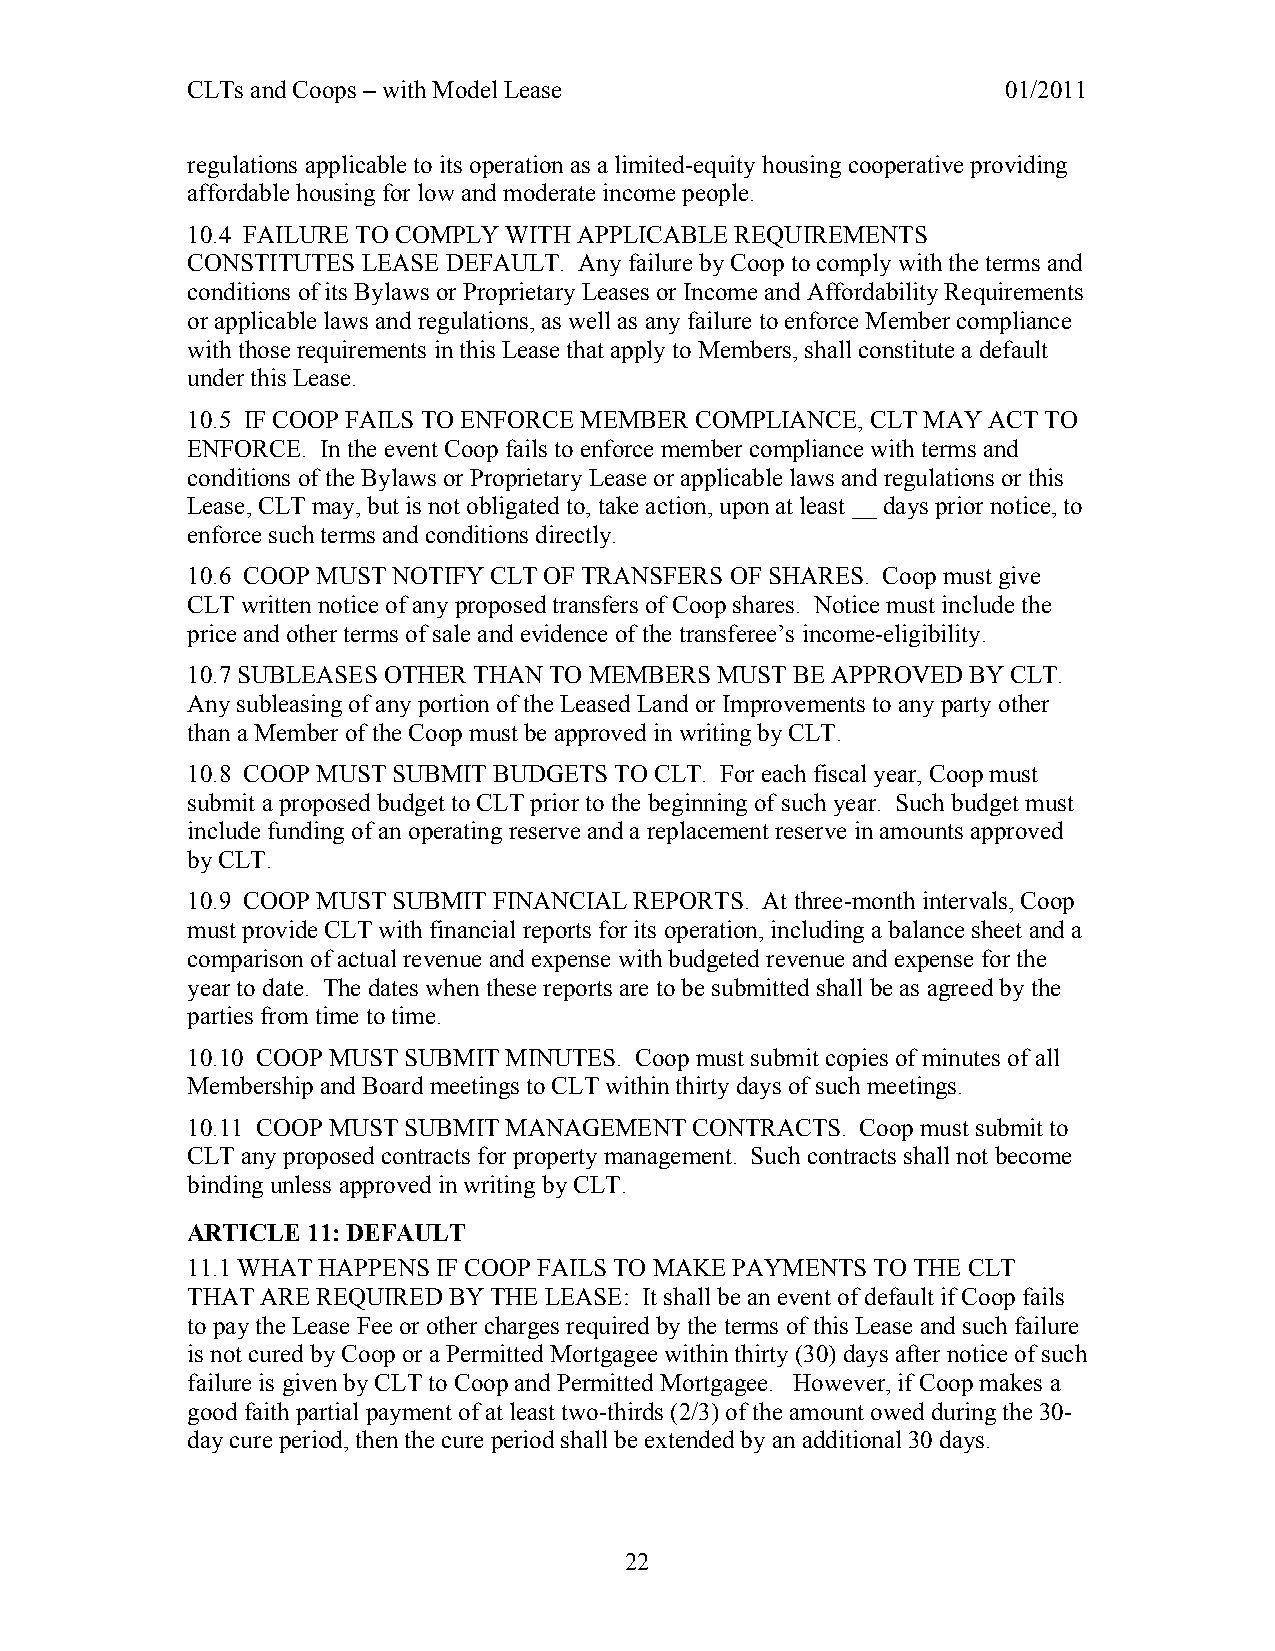
CLTs and Coops – with Model Lease                      01/2011
 regulations applicable to its operation as a limited-equity housing cooperative providing
 affordable housing for low and moderate income people.
 10.4 FAILURE TO COMPLY WITH APPLICABLE REQUIREMENTS
 CONSTITUTES LEASE DEFAULT. Any failure by Coop to comply with the terms and
 conditions of its Bylaws or Proprietary Leases or Income and Affordability Requirements
 or applicable laws and regulations, as well as any failure to enforce Member compliance
 with those requirements in this Lease that apply to Members, shall constitute a default
 under this Lease.
 10.5 IF COOP FAILS TO ENFORCE MEMBER COMPLIANCE, CLT MAY ACT TO
 ENFORCE. In the event Coop fails to enforce member compliance with terms and
 conditions of the Bylaws or Proprietary Lease or applicable laws and regulations or this
 Lease, CLT may, but is not obligated to, take action, upon at least __ days prior notice, to
 enforce such terms and conditions directly.
 10.6 COOP MUST NOTIFY CLT OF TRANSFERS OF SHARES. Coop must give
 CLT written notice of any proposed transfers of Coop shares. Notice must include the
 price and other terms of sale and evidence of the transferee’s income-eligibility.
 10.7 SUBLEASES OTHER THAN TO MEMBERS MUST BE APPROVED BY CLT.
 Any subleasing of any portion of the Leased Land or Improvements to any party other
 than a Member of the Coop must be approved in writing by CLT.
 10.8 COOP MUST SUBMIT BUDGETS TO CLT. For each fiscal year, Coop must
 submit a proposed budget to CLT prior to the beginning of such year. Such budget must
 include funding of an operating reserve and a replacement reserve in amounts approved
 by CLT.
 10.9 COOP MUST SUBMIT FINANCIAL REPORTS. At three-month intervals, Coop
 must provide CLT with financial reports for its operation, including a balance sheet and a
 comparison of actual revenue and expense with budgeted revenue and expense for the
 year to date. The dates when these reports are to be submitted shall be as agreed by the
 parties from time to time.
 10.10 COOP MUST SUBMIT MINUTES. Coop must submit copies of minutes of all
 Membership and Board meetings to CLT within thirty days of such meetings.
 10.11 COOP MUST SUBMIT MANAGEMENT CONTRACTS. Coop must submit to
 CLT any proposed contracts for property management. Such contracts shall not become
 binding unless approved in writing by CLT.
 ARTICLE 11: DEFAULT
 11.1 WHAT HAPPENS IF COOP FAILS TO MAKE PAYMENTS TO THE CLT
 THAT ARE REQUIRED BY THE LEASE: It shall be an event of default if Coop fails
 to pay the Lease Fee or other charges required by the terms of this Lease and such failure
 is not cured by Coop or a Permitted Mortgagee within thirty (30) days after notice of such
 failure is given by CLT to Coop and Permitted Mortgagee. However, if Coop makes a
 good faith partial payment of at least two-thirds (2/3) of the amount owed during the 30-
 day cure period, then the cure period shall be extended by an additional 30 days.
 22